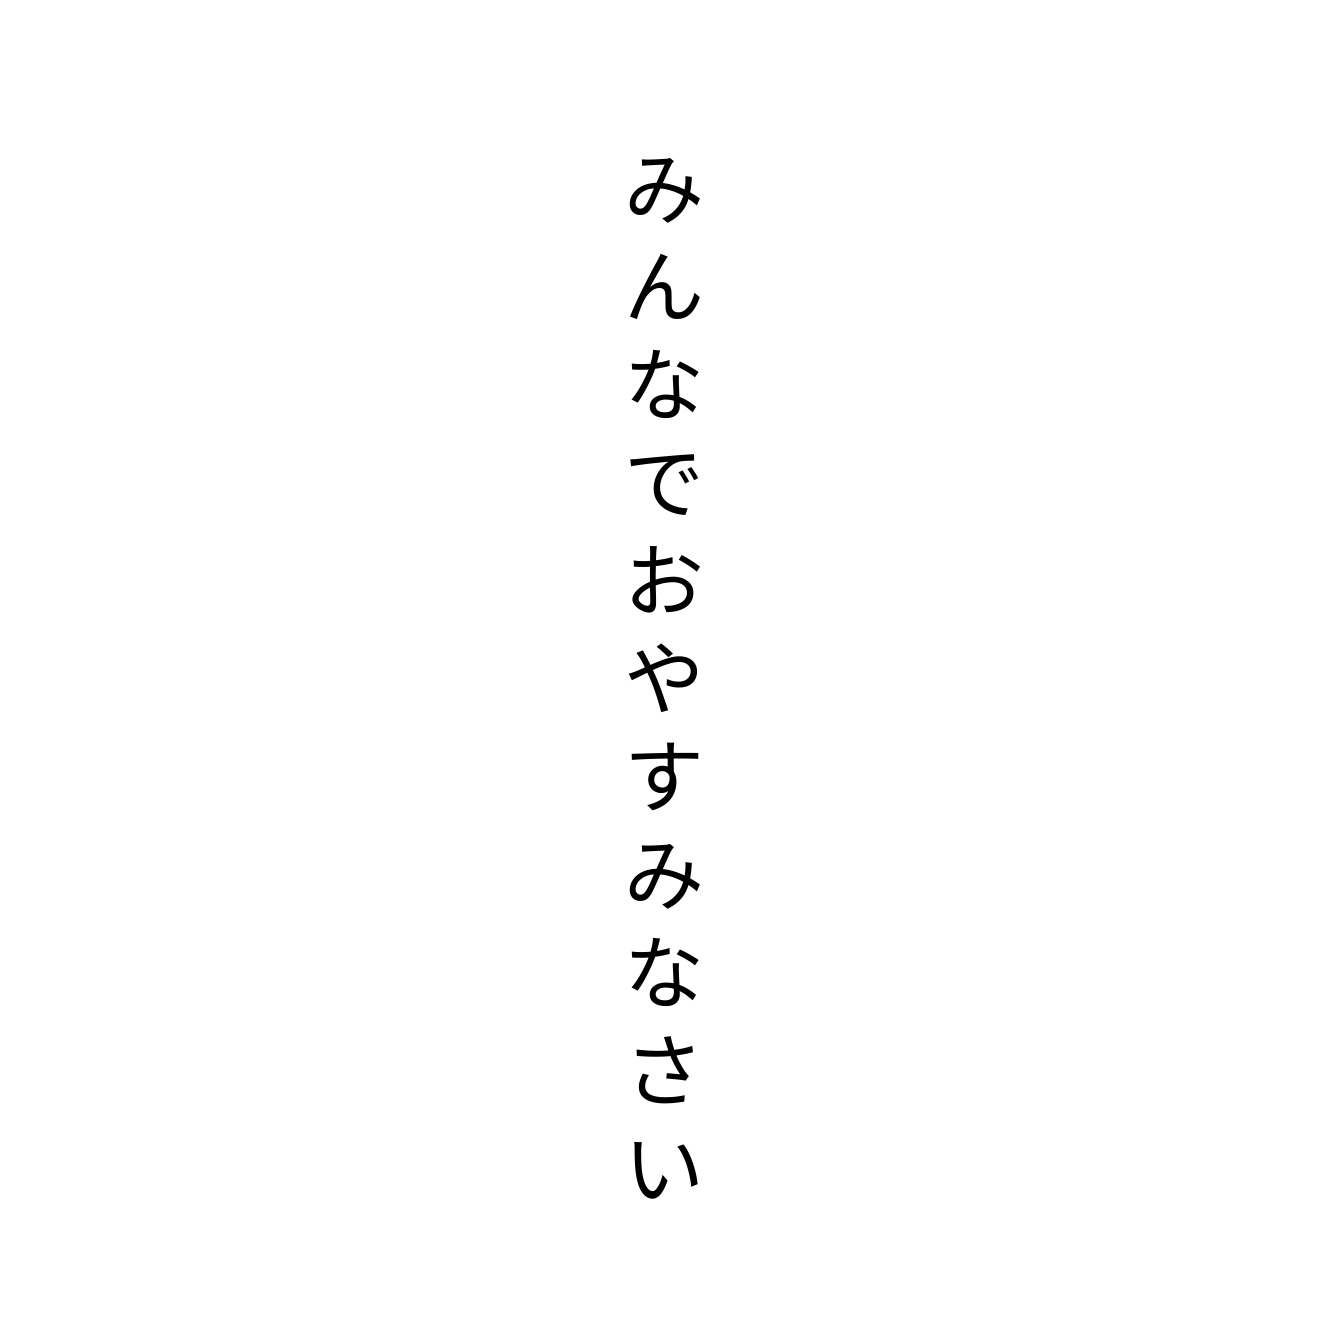
みんなでおやすみなさい